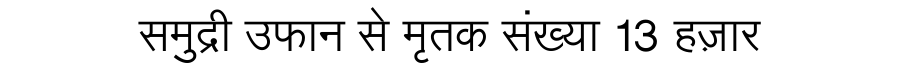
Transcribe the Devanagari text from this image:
समुद्री उफान से मृतक संख्या 13 हज़ार